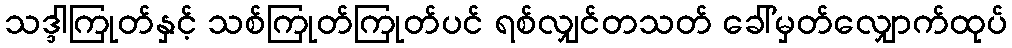
သဒ္ဒါကြုတ်နှင့် သစ်ကြုတ်ကြုတ်ပင် ရစ်လျှင်တသတ် ခေါ်မှတ်လျှောက်ထုပ်